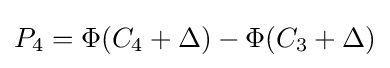
P_{\text{4}}=\Phi (C_{\text{4}}+\Delta )-\Phi (C_{\text{3}}+\Delta )